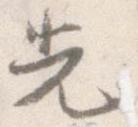
先